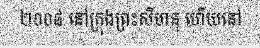
២០០៨ នៅក្រុងព្រះសីហនុ ហើយនៅ